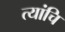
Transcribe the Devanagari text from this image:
त्यांचि